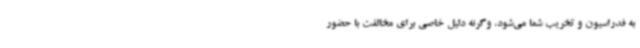
به فدراسیون و تخریب شما می‌شود، وگرنه دلیل خاصی برای مخالفت با حضور